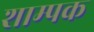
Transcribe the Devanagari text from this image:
शाम्पक